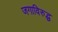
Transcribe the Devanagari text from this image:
जगाविरुद्ध